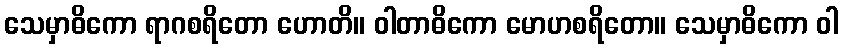
သေမှာဓိကော ရာဂစရိတော ဟောတိ။ ဝါတာဓိကော မောဟစရိတော။ သေမှာဓိကော ဝါ